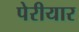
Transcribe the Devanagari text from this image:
पेरीयार